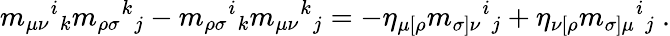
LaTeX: m_{\mu\nu}{}^{i}{}_{k}m_{\rho\sigma}{}^{k}{}_{j}-m_{\rho\sigma}{}^{i}{}_{k}m_{\mu\nu}{}^{k}{}_{j}=-\eta_{\mu[\rho}m_{\sigma]\nu}{}^{i}{}_{j}+\eta_{\nu[\rho}m_{\sigma]\mu}{}^{i}{}_{j}\ .